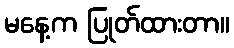
မနေ့က ပြုတ်ထားတာ။